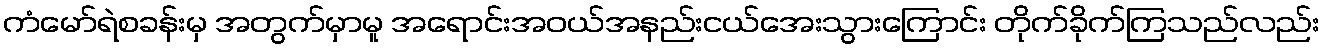
ကံမော်ရဲစခန်းမှ အတွက်မှာမူ အရောင်းအဝယ်အနည်းငယ်အေးသွားကြောင်း တိုက်ခိုက်ကြသည်လည်း